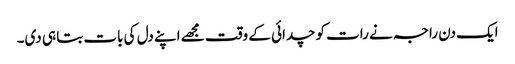
ایک دن راجہ نے رات کو چدائی کے وقت مجھے اپنے دل کی بات بتا ہی دی۔